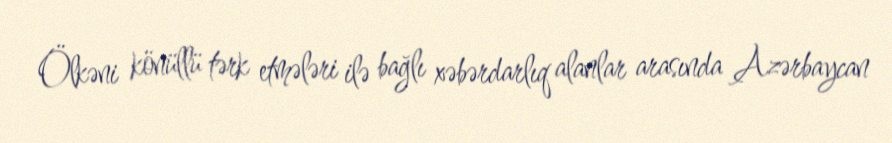
Ölkəni könüllü tərk etmələri ilə bağlı xəbərdarlıq alanlar arasında Azərbaycan